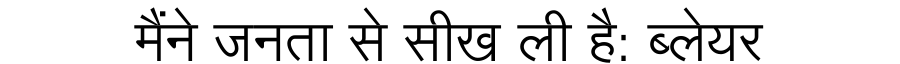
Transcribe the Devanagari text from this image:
मैंने जनता से सीख ली है: ब्लेयर